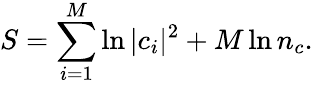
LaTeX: S=\sum_{i=1}^{M}\ln|c_{i}|^{2}+M\ln n_{c}.